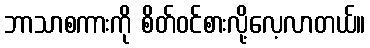
ဘာသာစကားကို စိတ်ဝင်စားလို့လေ့လာတယ်။